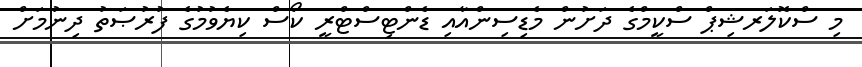
މި ސްކޮލަރޝިޕް ސްކީމްގެ ދަށުން މެޑިސިންއާއި ޑެންޓިސްޓްރީ ކޯސް ކިޔެވުމުގެ ފުރުޞަތު ދިނުމަށް